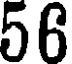
56